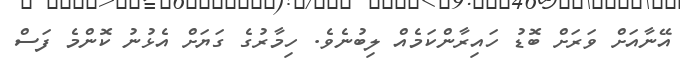
އޭނާއަށް ވަރަށް ބޮޑު ހައިރާންކަމެއް ލިބުނެެވެ. ހިމާރުގެ ގަޔަށް އެޅުނު ކޮންމެ ފަސް